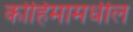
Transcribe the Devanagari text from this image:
कोहिमामधील